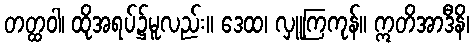
တတ္ထဝါ၊ ထိုအရပ်၌မူလည်း။ ဒေထ၊ လှူကြကုန်။ ဣတိအာဒီနိ၊